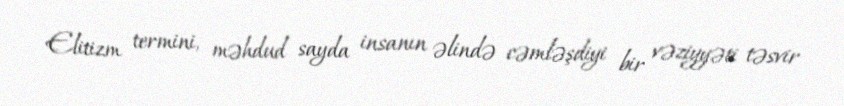
Elitizm termini, məhdud sayda insanın əlində cəmləşdiyi bir vəziyyəti təsvir